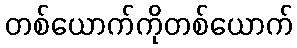
တစ်ယောက်ကိုတစ်ယောက်